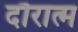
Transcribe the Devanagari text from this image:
दौरात्म